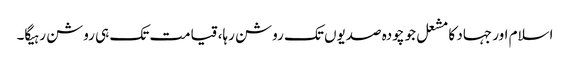
اسلام اور جہاد کا مشعل جو چودہ صدیوں تک روشن رہا، قیامت تک ہی روشن رہیگا۔